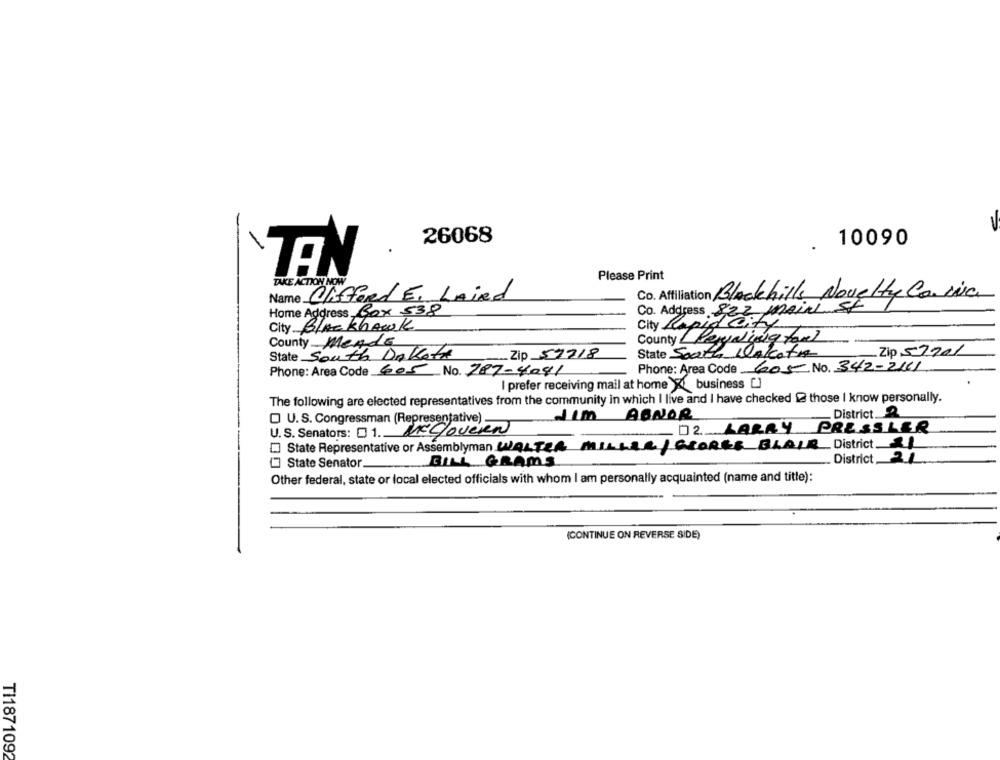
26068
10090
TEN
Please Print
TAKE ACTION NOW
Name Clifford E. LAird
Co. Affiliation Blackhills Novelty ConiNa
Home Address, Box 538
Co. Address 822 main
City BLACKhawk
City Papir
sin city
County Mende
County Penyaling forel
State South Dakota
Zip 57718
State South Dakota
_Zip 57701
Phone: Area Code 605 No. 787-4081
Phone: Area Code 605 No. 342-2161
I prefer receiving mail at home & business [
The following are elected representatives from the community in which I live and I have checked 2 those I know personally.
Jim ABNOR
District.
O U.S. Congressman (Representative)
U.S. Senators: 01. Mcgovern
02 LARRY PRESSLER
State Representative of Assemblyman WALTER MILLER GEORGE BLAIR District
BILL GRAMS
District
State Senator.
Other federal, state or local elected officials with whom I am personally acquainted (name and title):
(CONTINUE ON REVERSE SIDE)
TI1871092